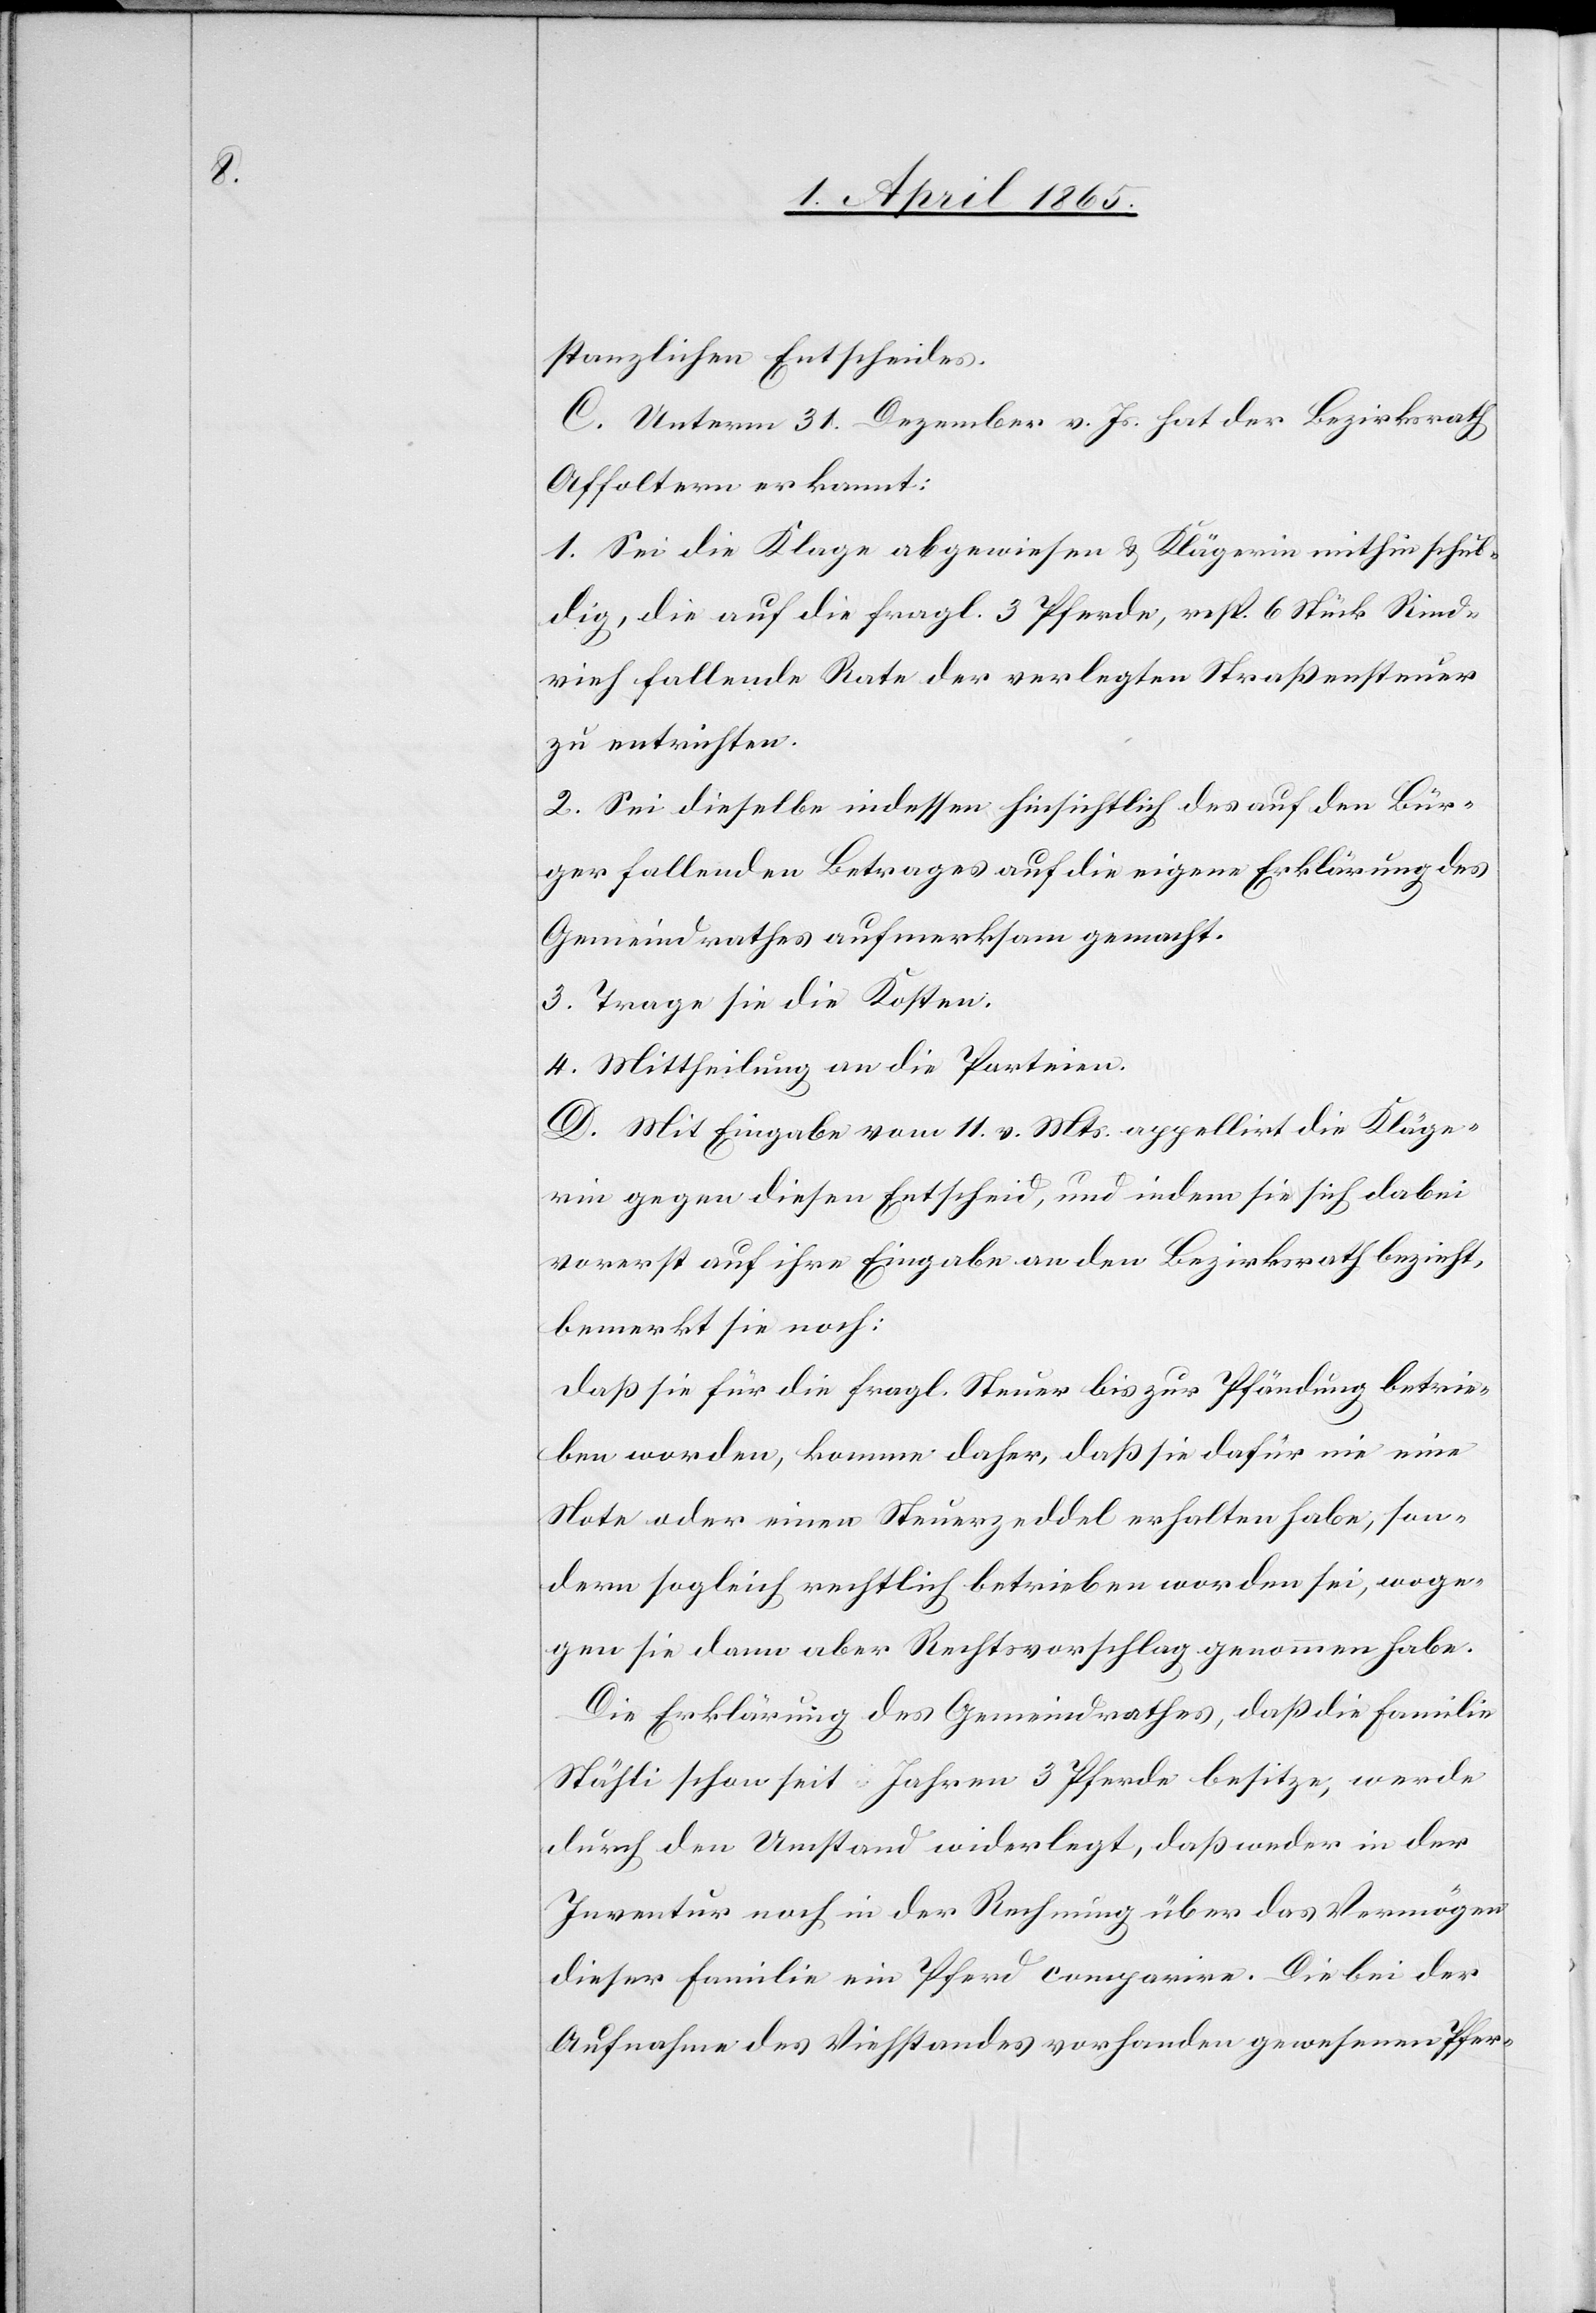
stanzlichen Entscheides.
C. Unterm 31. Dezember v. Js. hat der Bezirksrath
Affoltern erkannt:
1. Sei die Klage abgewiesen & Klägerin mithin schul¬
dig, die auf die fragl. 3 Pferde, resp. 6 Stück Rind¬
vieh fallende Rate der verlegten Straßensteuer
zu entrichten.
2. Sei dieselbe indessen hinsichtlich des auf den Bür¬
ger fallenden Betrages auf die eigene Erklärung des
Gemeindrathes aufmerksam gemacht.
3. Trage sie die Kosten.
4. Mittheilung an die Parteien.
D. Mit Eingabe vom 11. v. Mts. appellirt die Kläge¬
rin gegen diesen Entscheid, und indem sie sich dabei
vorerst auf ihre Eingabe an den Bezirksrath bezieht,
bemerkt sie noch:
Daß sie für die fragl. Steuer bis zur Pfändung betrie¬
ben worden, komme daher, daß sie dafür nie eine
Note oder einen Steuerzeddel erhalten habe, son¬
dern sogleich rechtlich betrieben worden sei, woge¬
gen sie dann aber Rechtsvorschlag genommen habe.
Die Erklärung des Gemeindrathes, daß die Familie
Stähli schon seit … Jahren 3 Pferde besitze, werde
durch den Umstand widerlegt, daß weder in der
Inventur noch in der Rechnung über das Vermögen
dieser Familie ein Pferd comparire. Die bei der
Aufnahme des Viehstandes vorhanden gewesenen Pfer-